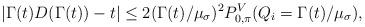
LaTeX: \begin{align*}|\Gamma(t) D(\Gamma(t)) - t| \leq 2(\Gamma(t)/\mu_{\sigma})^2 P_{0,\pi}^V(Q_i = \Gamma(t)/\mu_{\sigma}),\end{align*}